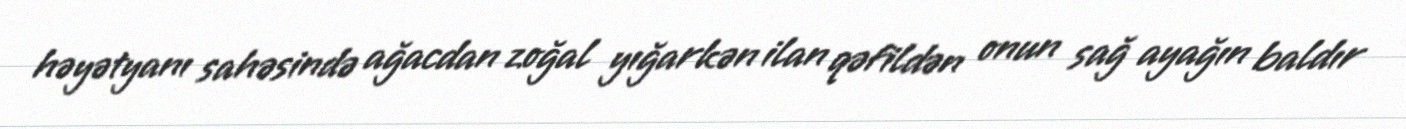
həyətyanı sahəsində ağacdan zoğal yığarkən ilan qəfildən onun sağ ayağın baldır